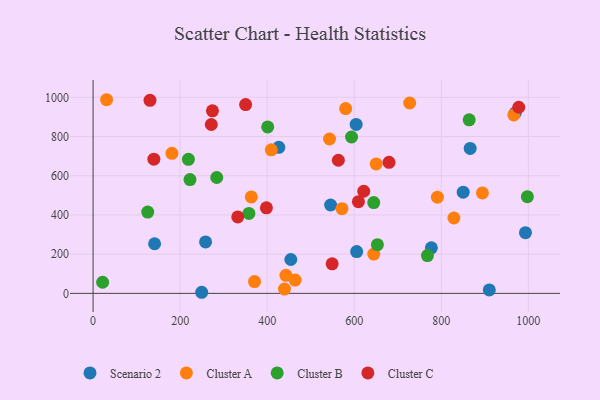
{"axis": {"x": "Experience", "y": "Yield"}, "legend": ["Cluster A", "Cluster B", "Cluster C", "Scenario 2"], "data": [{"x": "910.3", "y": 17.5, "type": "Scenario 2"}, {"x": "545.7", "y": 450.7, "type": "Scenario 2"}, {"x": "993.4", "y": 309.6, "type": "Scenario 2"}, {"x": "604.4", "y": 861.8, "type": "Scenario 2"}, {"x": "866.4", "y": 739.5, "type": "Scenario 2"}, {"x": "249.5", "y": 5.6, "type": "Scenario 2"}, {"x": "850.3", "y": 516.4, "type": "Scenario 2"}, {"x": "426.7", "y": 744.7, "type": "Scenario 2"}, {"x": "605.6", "y": 213.2, "type": "Scenario 2"}, {"x": "970.0", "y": 920.6, "type": "Scenario 2"}, {"x": "777.2", "y": 232.5, "type": "Scenario 2"}, {"x": "141.3", "y": 253.0, "type": "Scenario 2"}, {"x": "454.3", "y": 172.7, "type": "Scenario 2"}, {"x": "258.4", "y": 262.6, "type": "Scenario 2"}, {"x": "829.0", "y": 384.5, "type": "Cluster A"}, {"x": "443.1", "y": 91.9, "type": "Cluster A"}, {"x": "727.4", "y": 971.1, "type": "Cluster A"}, {"x": "894.5", "y": 512.2, "type": "Cluster A"}, {"x": "181.1", "y": 714.1, "type": "Cluster A"}, {"x": "571.8", "y": 431.9, "type": "Cluster A"}, {"x": "464.2", "y": 68.0, "type": "Cluster A"}, {"x": "363.5", "y": 492.1, "type": "Cluster A"}, {"x": "966.6", "y": 910.4, "type": "Cluster A"}, {"x": "370.9", "y": 60.1, "type": "Cluster A"}, {"x": "580.3", "y": 942.5, "type": "Cluster A"}, {"x": "409.5", "y": 732.2, "type": "Cluster A"}, {"x": "644.9", "y": 200.6, "type": "Cluster A"}, {"x": "543.2", "y": 787.3, "type": "Cluster A"}, {"x": "650.4", "y": 660.2, "type": "Cluster A"}, {"x": "31.0", "y": 987.7, "type": "Cluster A"}, {"x": "439.7", "y": 21.8, "type": "Cluster A"}, {"x": "791.1", "y": 490.5, "type": "Cluster A"}, {"x": "864.1", "y": 885.3, "type": "Cluster B"}, {"x": "125.5", "y": 414.5, "type": "Cluster B"}, {"x": "284.1", "y": 591.1, "type": "Cluster B"}, {"x": "21.9", "y": 56.7, "type": "Cluster B"}, {"x": "401.2", "y": 848.8, "type": "Cluster B"}, {"x": "768.2", "y": 193.0, "type": "Cluster B"}, {"x": "644.8", "y": 463.2, "type": "Cluster B"}, {"x": "997.8", "y": 493.0, "type": "Cluster B"}, {"x": "593.8", "y": 797.7, "type": "Cluster B"}, {"x": "653.2", "y": 248.4, "type": "Cluster B"}, {"x": "219.0", "y": 683.5, "type": "Cluster B"}, {"x": "222.6", "y": 580.2, "type": "Cluster B"}, {"x": "358.0", "y": 407.9, "type": "Cluster B"}, {"x": "350.4", "y": 963.1, "type": "Cluster C"}, {"x": "274.2", "y": 931.1, "type": "Cluster C"}, {"x": "271.6", "y": 861.3, "type": "Cluster C"}, {"x": "679.9", "y": 668.2, "type": "Cluster C"}, {"x": "130.7", "y": 984.8, "type": "Cluster C"}, {"x": "563.5", "y": 678.9, "type": "Cluster C"}, {"x": "549.2", "y": 150.8, "type": "Cluster C"}, {"x": "621.8", "y": 520.8, "type": "Cluster C"}, {"x": "332.4", "y": 389.9, "type": "Cluster C"}, {"x": "139.6", "y": 684.6, "type": "Cluster C"}, {"x": "398.2", "y": 436.3, "type": "Cluster C"}, {"x": "609.6", "y": 467.6, "type": "Cluster C"}, {"x": "978.0", "y": 949.3, "type": "Cluster C"}]}